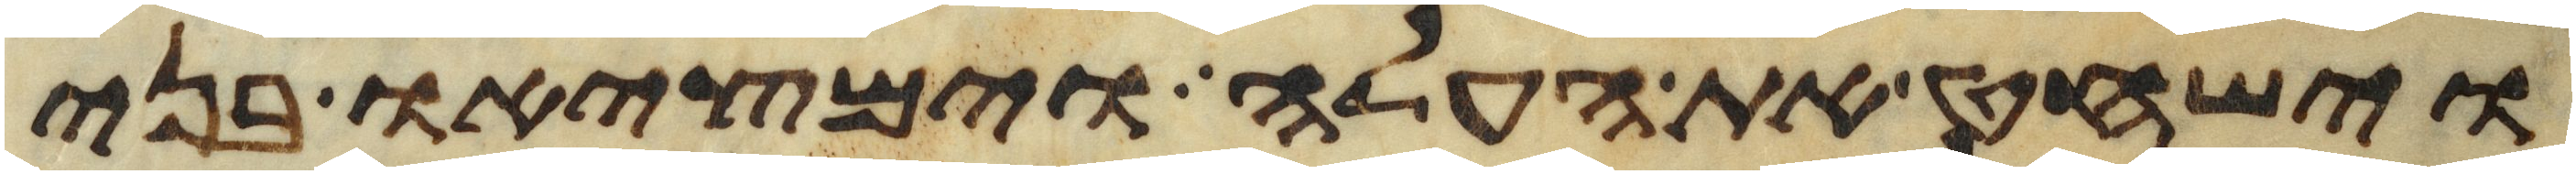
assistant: וישחט את העלה וימציאו בני